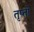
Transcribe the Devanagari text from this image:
तृप्तो